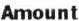
AMOUNT